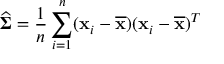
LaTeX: { \widehat { \boldsymbol { \Sigma } } } = { \frac { 1 } { n } } \sum _ { i = 1 } ^ { n } ( { \mathbf { x } } _ { i } - { \overline { { \mathbf { x } } } } ) ( { \mathbf { x } } _ { i } - { \overline { { \mathbf { x } } } } ) ^ { T }